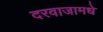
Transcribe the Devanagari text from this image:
दरवाजामधे